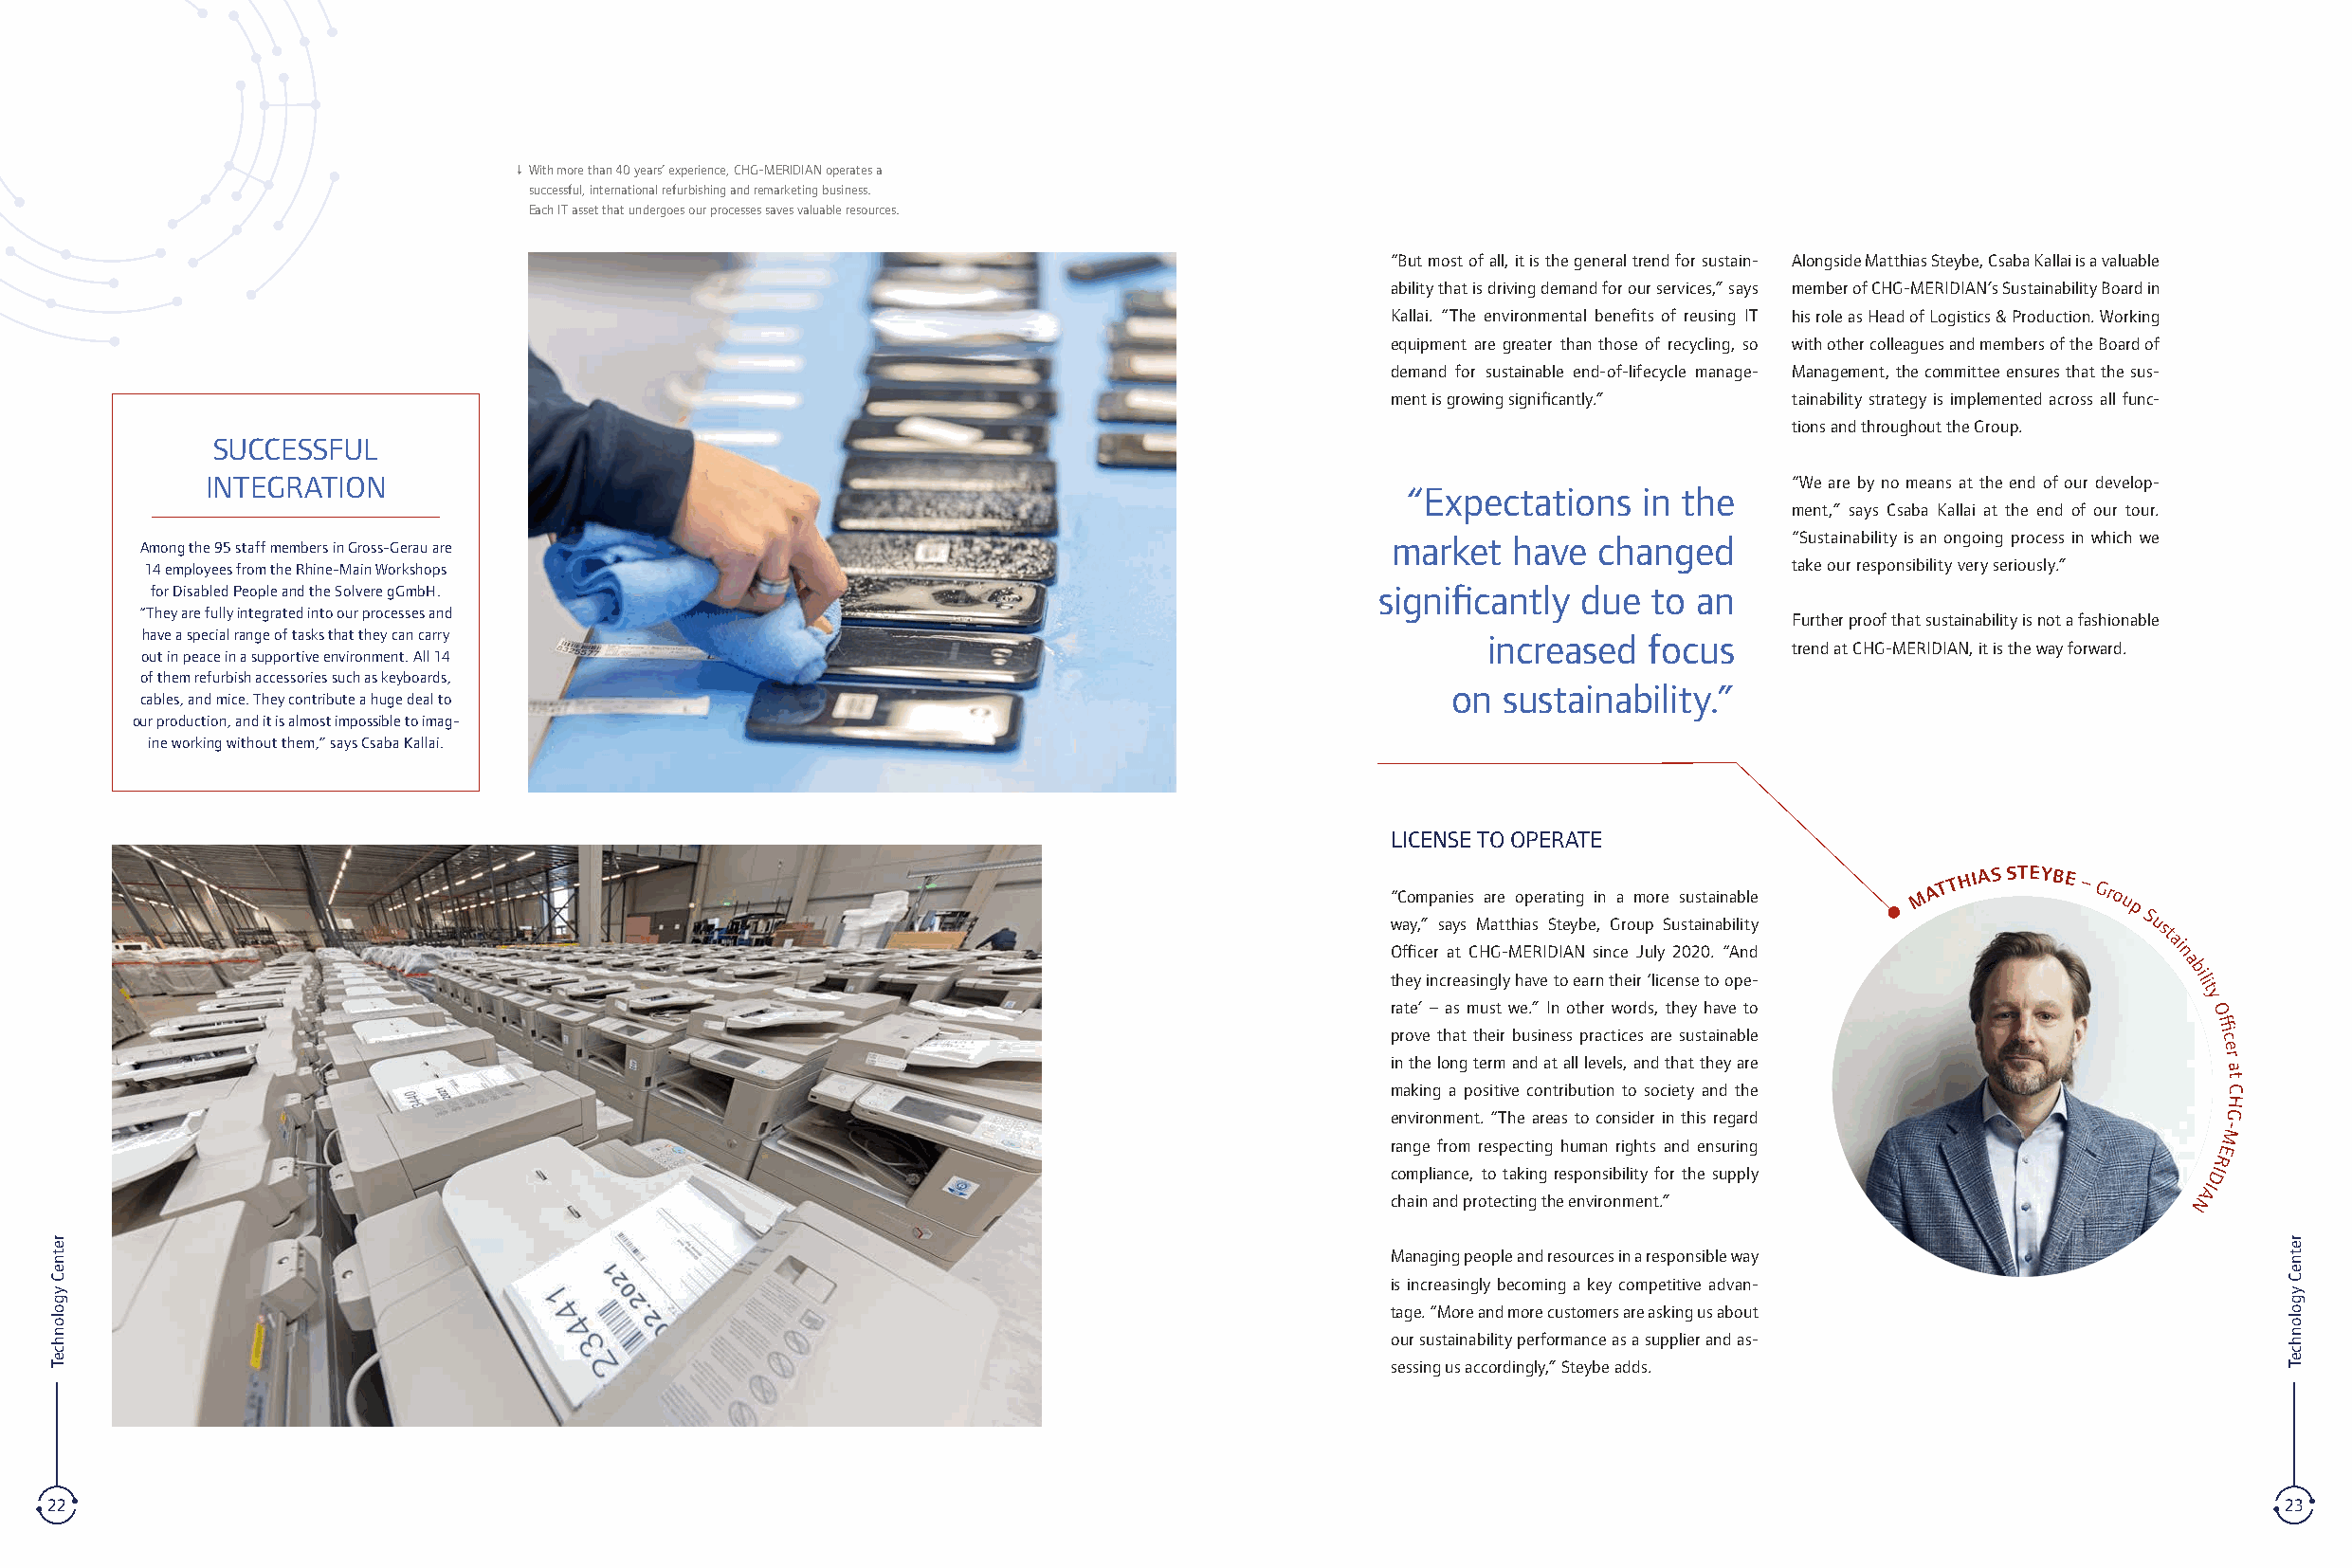
L With more than 40 years’ experience, CHG-MERIDIAN operates a
 successful, international refurbishing and remarketing business.
 Each IT asset that undergoes our processes saves valuable resources.
 “But most of all, it is the general trend for sustain- Alongside Matthias Steybe, Csaba Kallai is a valuable
 ability that is driving demand for our services,” says member of CHG-MERIDIAN’s Sustainability Board in
 Kallai. “The environmental benefits of reusing IT his role as Head of Logistics & Production. Working
 equipment are greater than those of recycling, so with other colleagues and members of the Board of
 demand for sustainable end-of-lifecycle manage- Management, the committee ensures that the sus-
 ment is growing significantly.” tainability strategy is implemented across all func-
 tions and throughout the Group.
 SUCCESSFUL
 INTEGRATION                                                                                                    “We are by no means at the end of our develop-
 “Expectations    in the
 ment,” says Csaba Kallai at the end of our tour.
 market   have  changed      “Sustainability is an ongoing process in which we
 Among the 95 staff members in Gross-Gerau are
 14 employees from the Rhine-Main Workshops                                                                         take our responsibility very seriously.”
 for Disabled People and the Solvere gGmbH.                                           significantly due  to an
 “They are fully integrated into our processes and
 Further proof that sustainability is not a fashionable
 have a special range of tasks that they can carry                                             increased  focus
 trend at CHG-MERIDIAN, it is the way forward.
 out in peace in a supportive environment. All 14
 of them refurbish accessories such as keyboards,
 on  sustainability.”
 cables, and mice. They contribute a huge deal to
 our production, and it is almost impossible to imag-
 ine working without them,” says Csaba Kallai.
 LICENSE TO OPERATE
 “Companies are operating in a more sustainable M A T T
 HIAS STEYBE
 – Grou
 p
 way,” says Matthias Steybe, Group Sustainability    S ust
 Officer at CHG-MERIDIAN since July 2020. “And
 ai
 n
 a
 they increasingly have to earn their ‘license to ope-
 bili
 t
 rate’ – as must we.” In other words, they have to
 y
 O
 prove that their business practices are sustainable
 ffi
 c
 e
 in the long term and at all levels, and that they are     r
 a
 t
 making a positive contribution to society and the         C
 H
 environment. “The areas to consider in this regard        G
 -
 M
 range from respecting human rights and ensuring           E
 R
 compliance, to taking responsibility for the supply      DI
 AI
 chain and protecting the environment.”                  N
 Managing people and resources in a responsible way
 is increasingly becoming a key competitive advan-
 tage. “More and more customers are asking us about
 our sustainability performance as a supplier and as-
 sessing us accordingly,” Steybe adds.
 22                                                                                                                                                           23
 retneC
 ygolonhceT
 retneC
 ygolonhceT